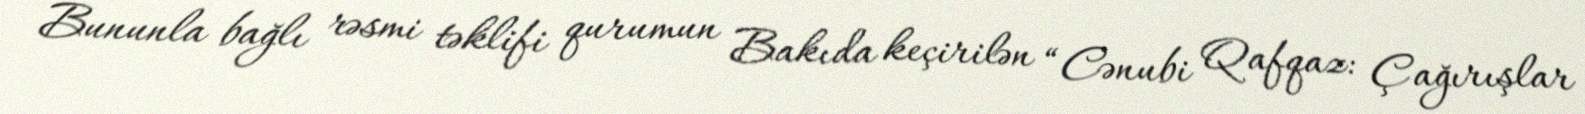
Bununla bağlı rəsmi təklifi qurumun Bakıda keçirilən “Cənubi Qafqaz: Çağırışlar